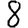
Digit: 8